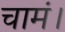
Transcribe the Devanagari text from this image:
चामं।